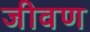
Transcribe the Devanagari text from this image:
जीवण